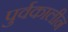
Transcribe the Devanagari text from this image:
पुर्वकालीन